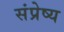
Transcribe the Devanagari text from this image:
संप्रेष्य